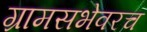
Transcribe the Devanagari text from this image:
ग्रामसभेवरच